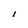
Character: I